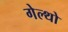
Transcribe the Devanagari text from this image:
गेल्थो